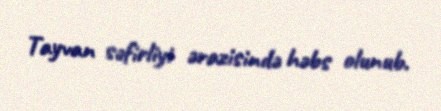
Tayvan səfirliyi ərazisində həbs olunub.